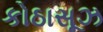
કોઠાસૂઝ